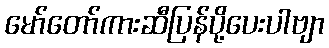
မော်တော်ကားဆီပြန်ပို့ပေးပါဗျာ